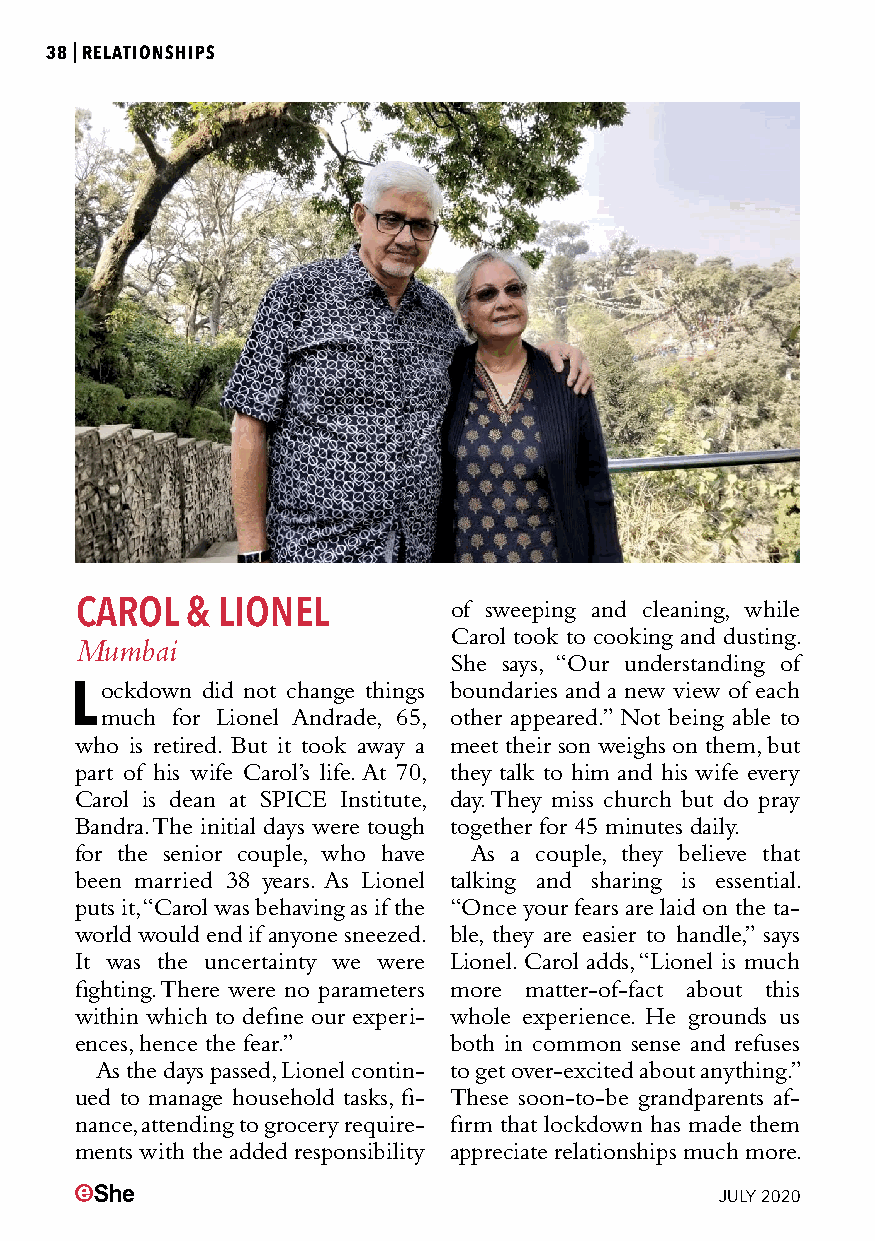
38|RELATIONSHIPS
 CAROL  & LIONEL          of sweeping and cleaning, while
 Carol took to cooking and dusting.
 Mumbai
 She says, “Our understanding of
 Lockdown did not change things boundaries and a new view of each
 much for Lionel Andrade, 65, other appeared.” Not being able to
 who is retired. But it took away a meet their son weighs on them, but
 part of his wife Carol’s life. At 70, they talk to him and his wife every
 Carol is dean at SPICE Institute, day. They miss church but do pray
 Bandra. The initial days were tough together for 45 minutes daily.
 for the senior couple, who have As a couple, they believe that
 been married 38 years. As Lionel talking and sharing is essential.
 puts it, “Carol was behaving as if the “Once your fears are laid on the ta-
 world would end if anyone sneezed. ble, they are easier to handle,” says
 It was the uncertainty we were Lionel. Carol adds, “Lionel is much
 fighting. There were no parameters more matter-of-fact about this
 within which to define our experi- whole experience. He grounds us
 ences, hence the fear.”  both in common sense and refuses
 As the days passed, Lionel contin- to get over-excited about anything.”
 ued to manage household tasks, fi- These soon-to-be grandparents af-
 nance, attending to grocery require- firm that lockdown has made them
 ments with the added responsibility appreciate relationships much more.
 JULY 2020